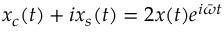
x _ { c } ( t ) + i x _ { s } ( t ) = 2 x ( t ) e ^ { i \bar { \omega } t }